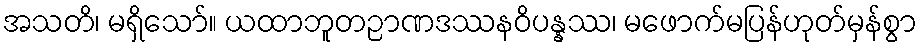
အသတိ၊ မရှိသော်။ ယထာဘူတဉာဏဒဿနဝိပန္နဿ၊ မဖောက်မပြန်ဟုတ်မှန်စွာ